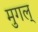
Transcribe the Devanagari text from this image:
मुगल्